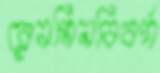
রেনমিনবিবর্গ